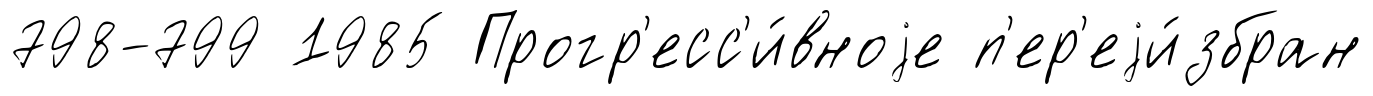
798-799 1985 Прогр'есс'и́вноjе п'ер'еjи́збран